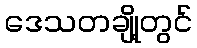
ဒေသတချို့တွင်